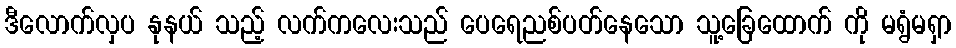
ဒီလောက်လှပ နုနယ် သည့် လက်ကလေးသည် ပေရေညစ်ပတ်နေသော သူ့ခြေထောက် ကို မရွံမရှာ